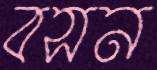
বসন